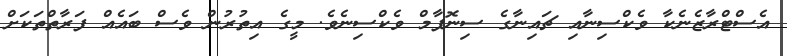
އެސްޓްރާޒެނެކާ ވެކްސިނާއި ޗައިނާގެ ސިނޮފާމް ވެކްސިނެވެ. މީގެ އިތުރުން ވެސް ބައެއް ފަރާތްތަކަށް